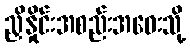
ညှိနှိုင်းအစည်းအဝေးသို့